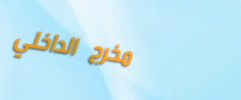
مخرج الداخلي